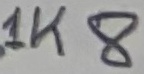
Text: 1K8